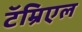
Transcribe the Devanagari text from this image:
टॅम्रिएल